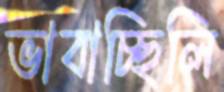
ভাবাচ্ছিলি